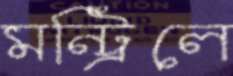
মন্ট্রিলে